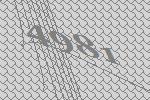
4981